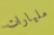
مليارات